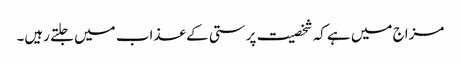
مزاج میں ہے کہ شخصیت پرستی کے عذاب میں جلتے رہیں۔